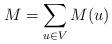
LaTeX: \begin{align*}M=\sum\limits_{u\in V}M(u)\end{align*}